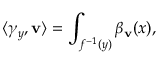
\langle \gamma _ { y } , \mathbf { v } \rangle = \int _ { f ^ { - 1 } ( y ) } \beta _ { \mathbf { v } } ( x ) ,